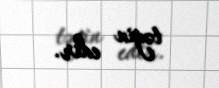
təyin edir.